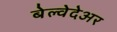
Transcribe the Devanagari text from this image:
बेल्वेदेअर